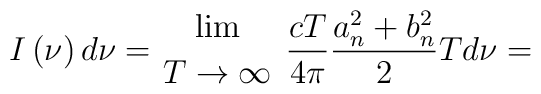
I\left( \nu \right)d\nu =  {{\lim} \atop {T \to \infty }} ~\frac{cT}{4\pi }\frac{a_n^2 + b_n^2 }{2}Td\nu =